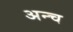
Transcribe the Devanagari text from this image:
अन्च